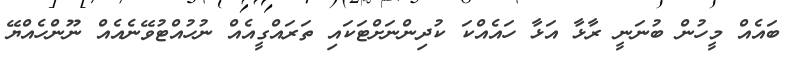
ބައެއް މީހުން ބުނަނީ ރާޅާ އަޅާ ހައެއްކަ ކުދިންނަށްޓަކައި ތަރައްގީއެއް ނުހުއްޓުވޭނެއެއް ނޫންހެއްޔޭ